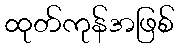
ထုတ်ကုန်အဖြစ်